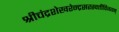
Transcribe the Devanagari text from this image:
श्रीचंद्रशेखरेन्द्रसरस्वतीविजयम्